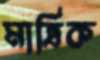
মাত্রিক